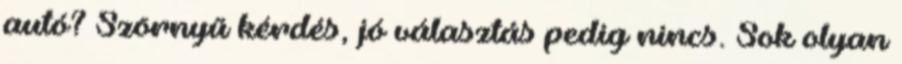
autó? Szörnyű kérdés, jó választás pedig nincs. Sok olyan